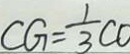
C G = \frac { 1 } { 3 } C O